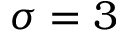
\sigma = 3